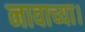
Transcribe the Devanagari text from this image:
नावाच्या।